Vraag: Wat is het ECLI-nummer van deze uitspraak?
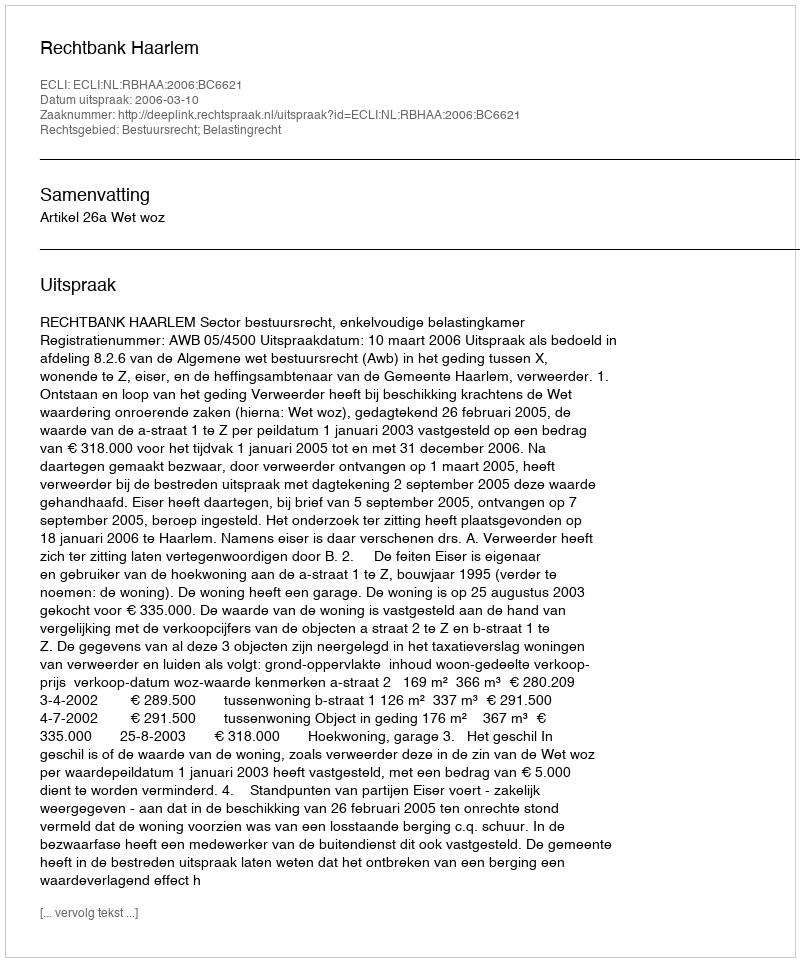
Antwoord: ECLI:NL:RBHAA:2006:BC6621